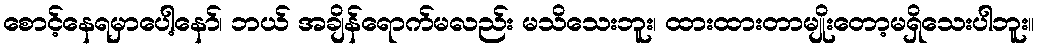
စောင့်နေရမှာပေါ့နော်၊ ဘယ် အချိန်ရောက်မလည်း မသိသေးဘူး၊ ထားထားတာမျိုးတော့မရှိသေးပါဘူး။